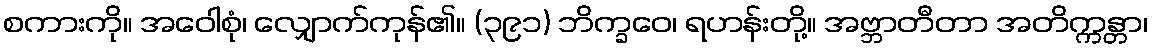
စကားကို။ အဝေါစုံ၊ လျှောက်ကုန်၏။ (၃၉၁) ဘိက္ခဝေ၊ ရဟန်းတို့။ အဗ္ဘာတီတာ အတိက္ကန္တာ၊